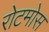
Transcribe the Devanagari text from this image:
रोटमोस